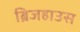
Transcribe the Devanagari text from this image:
ब्रिजहाउस